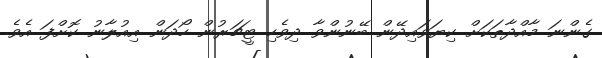
ގެންނަ މާއްދާތަކަށް ކިޔަވައިދޭން ބޭނުންވާ ދިވެހި ޓީޗަރުން ހޯދަން އިއުލާނު ކޮށްފަ އެވެ.